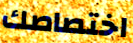
اختصاصك